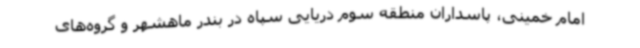
امام خمینی، پاسداران منطقه سوم دریایی سپاه در بندر ماهشهر و گروه‌های